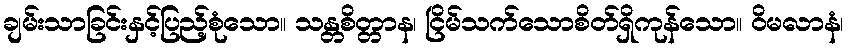
ချမ်းသာခြင်းနှင့်ပြည့်စုံသော။ သန္တစိတ္တာန၊ ငြိမ်သက်သောစိတ်ရှိကုန်သော။ ဝိမလာနံ၊